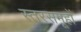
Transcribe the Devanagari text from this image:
स्तरसमूहों